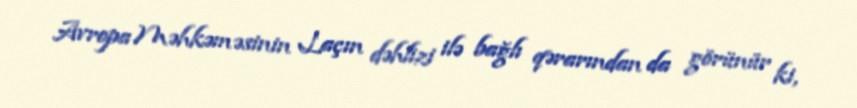
Avropa Məhkəməsinin Laçın dəhlizi ilə bağlı qərarından da görünür ki,